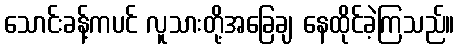
သောင်းခန့်ကပင် လူသားတို့အခြေချ နေထိုင်ခဲ့ကြသည်။